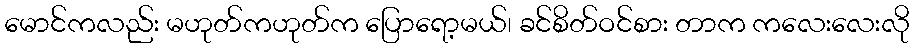
မောင်ကလည်း မဟုတ်ကဟုတ်က ပြောရော့မယ်၊ ခင်စိတ်ဝင်စား တာက ကလေးလေးလို